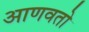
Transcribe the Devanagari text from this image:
आणवतो